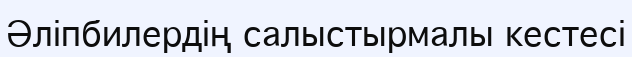
Әліпбилердің салыстырмалы кестесі